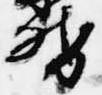
督